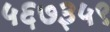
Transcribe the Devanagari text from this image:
५६७३५९